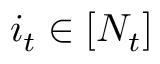
i _ { t } \in [ N _ { t } ]